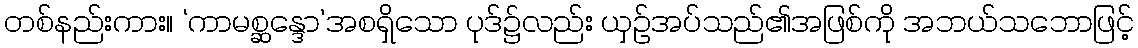
တစ်နည်းကား။ ‘ကာမစ္ဆန္ဒော’အစရှိသော ပုဒ်၌လည်း ယှဉ်အပ်သည်၏အဖြစ်ကို အဘယ်သဘောဖြင့်